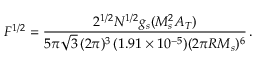
F ^ { 1 / 2 } = \frac { 2 ^ { 1 / 2 } N ^ { 1 / 2 } g _ { s } ( M _ { s } ^ { 2 } A _ { T } ) } { 5 \pi \sqrt { 3 } \, ( 2 \pi ) ^ { 3 } \, ( 1 . 9 1 \times 1 0 ^ { - 5 } ) ( 2 \pi R M _ { s } ) ^ { 6 } } \, .